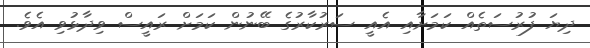
ދިޔަ ފުރުސަތެއް ކަމަށާއި އެއީ ސަރުކާރުގެ ބޭނުން ކަމަށް ރައީސް ވިދާޅުވި އެވެ.